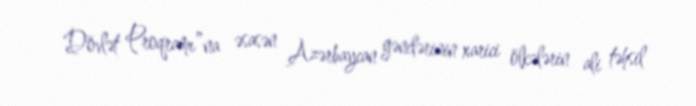
Dövlət Proqramı”na əsasən Azərbaycan gənclərinin xarici ölkələrin ali təhsil